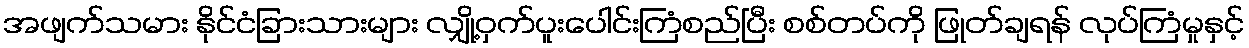
အဖျက်သမား နိုင်ငံခြားသားများ လျှို့ဝှက်ပူးပေါင်းကြံစည်ပြီး စစ်တပ်ကို ဖြုတ်ချရန် လုပ်ကြံမှုနှင့်